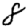
Digit: 8